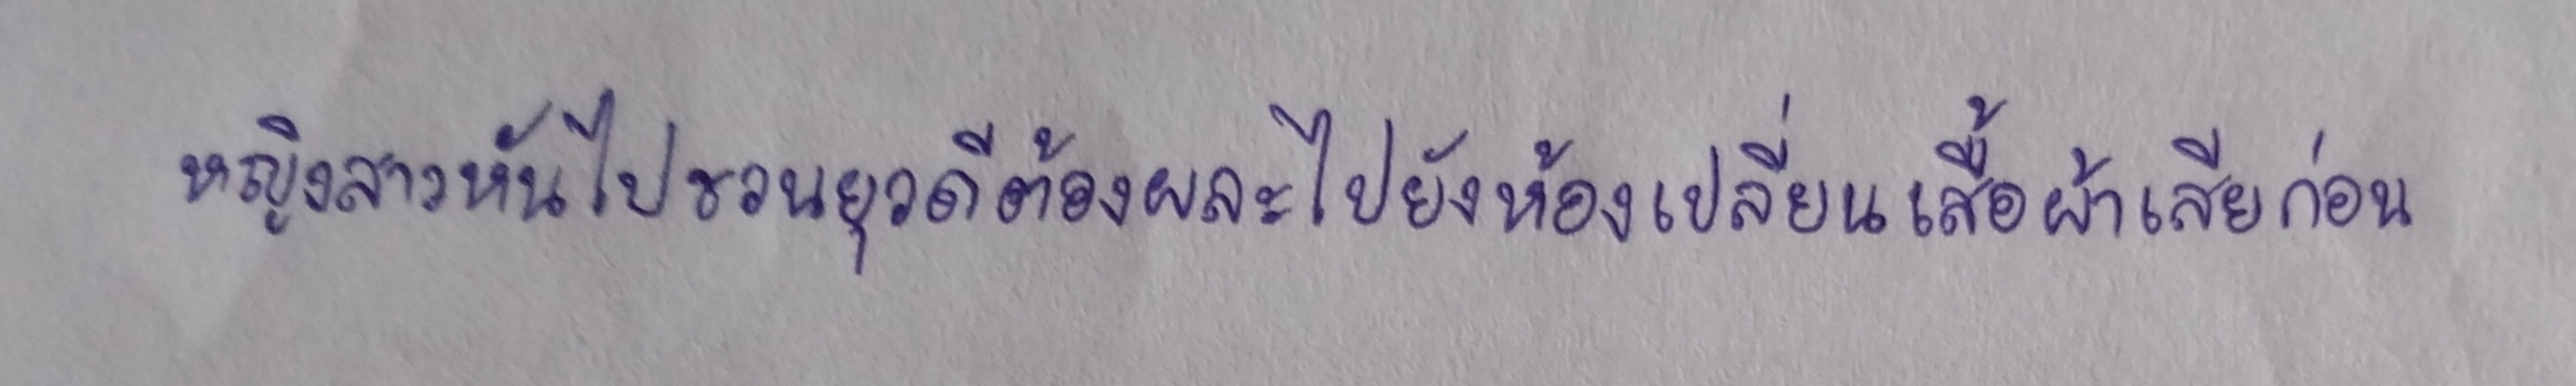
หญิงสาวหันไปชวนยุวดีต้องผละไปยังห้องเปลี่ยนเสื้อผ้าเสียก่อน